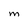
Character: M